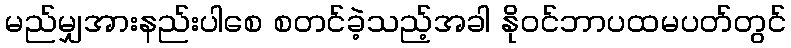
မည်မျှအားနည်းပါစေ စတင်ခဲ့သည့်အခါ နိုဝင်ဘာပထမပတ်တွင်